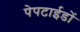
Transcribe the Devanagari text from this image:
पेपटाईडों